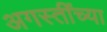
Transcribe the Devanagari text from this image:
अगस्तींच्या